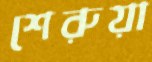
শেরুয়া